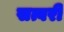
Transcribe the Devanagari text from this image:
सत्वरी